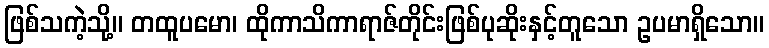
ဖြစ်သကဲ့သို့။ တထူပမော၊ ထိုကာသိကာရာဇ်တိုင်းဖြစ်ပုဆိုးနှင့်တူသော ဥပမာရှိသော။